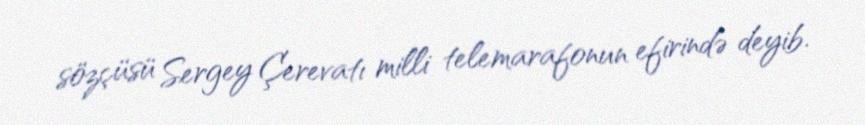
sözçüsü Sergey Çerevatı milli telemarafonun efirində deyib.